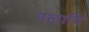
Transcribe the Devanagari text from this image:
पलादि